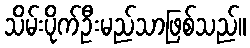
သိမ်းပိုက်ဦးမည်သာဖြစ်သည်။